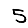
Digit: 5